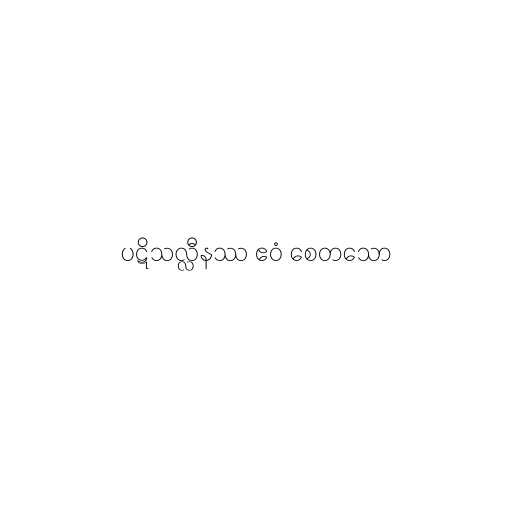
ပဋိသလ္လီနဿ ဧဝံ စေတသော